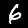
Label: 6